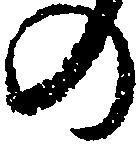
の